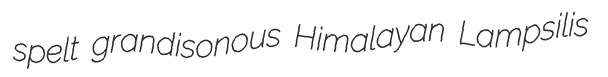
spelt grandisonous Himalayan Lampsilis